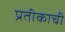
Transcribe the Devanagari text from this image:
प्रतीकाची